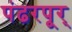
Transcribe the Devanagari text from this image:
पंढरपूर्